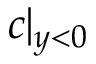
c | _ { y < 0 }